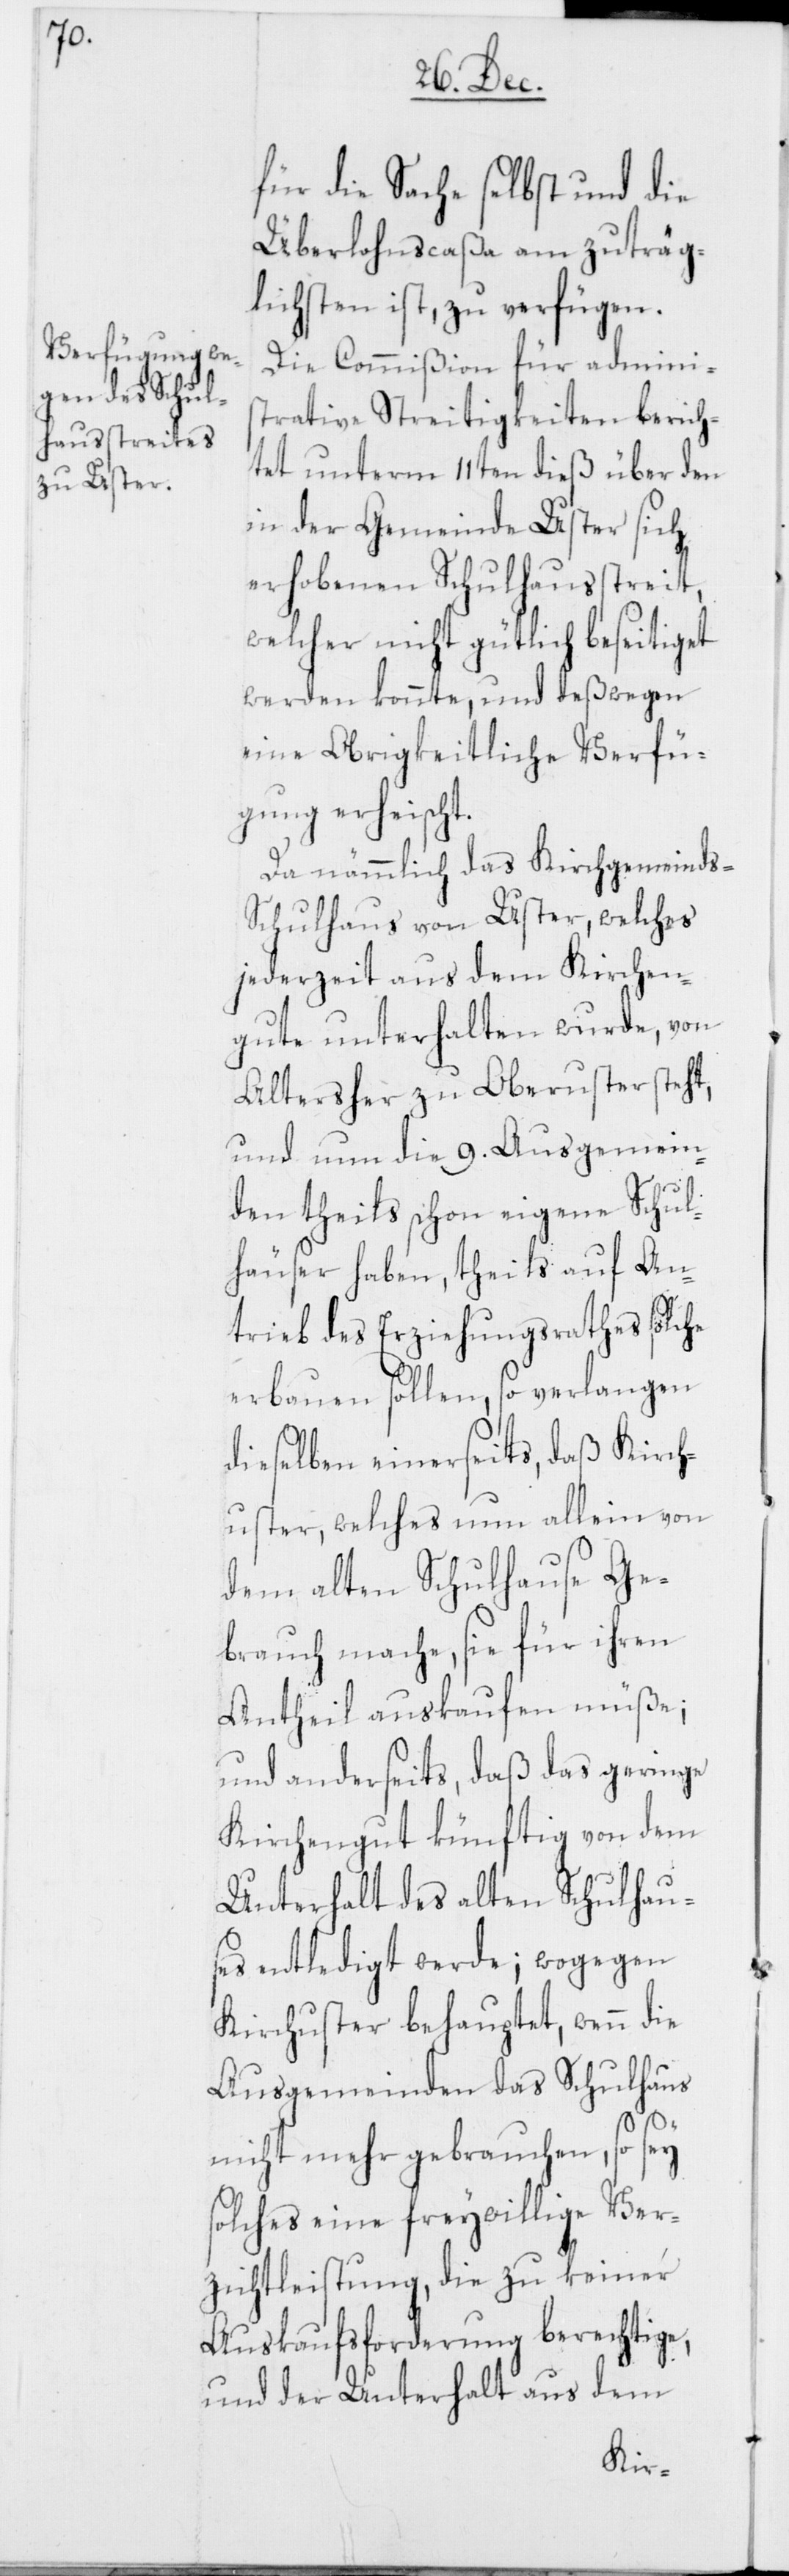
für die Sache selbst und die
Überlohnscaßa am zuträg¬
lichsten ist, zu verfügen.
Die Commißion für adminis¬
trative Streitigkeiten berich¬
tet unterm 11ten dieß über den
in der Gemeinde Uster sich
erhobenen Schulhausstreit,
welcher nicht gütlich beseitiget
werden konnte, und deßwegen
eine Obrigkeitliche Verfü¬
gung erheischt.
Da nämmlich das Kirchgemeinds-S¬
chulhaus von Uster, welches
jederzeit aus dem Kirchen¬
gute unterhalten wurde, von
Alters her zu Oberuster steht,
und nun die 9. Ausgemein¬
den theils schon eigene Schul¬
häuser haben, theils auf An¬
trieb des Erziehungsrathes solche
erbauen sollen, so verlangen
dieselben einerseits, daß Kirch¬
uster, welches nun allein von
dem alten Schulhause Ge¬
brauch mache, sie für ihren
Antheil auskaufen müße;
und anderseits, daß das geringe
Kirchengut künftig von dem
Unterhalt des alten Schulhau¬
ses entledigt werde; wogegen
Kirchuster behauptet, wenn die
Ausgemeinden das Schulhaus
nicht mehr gebrauchen, so sey
solches eine freywillige Ver¬
zichtleistung, die zu keiner
Auskaufsforderung berechtige,
und der Unterhalt aus dem